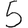
Digit: 5